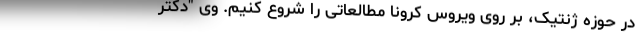
در حوزه ژنتیک، بر روی ویروس کرونا مطالعاتی را شروع کنیم. وی "دکتر